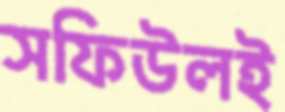
সফিউলই